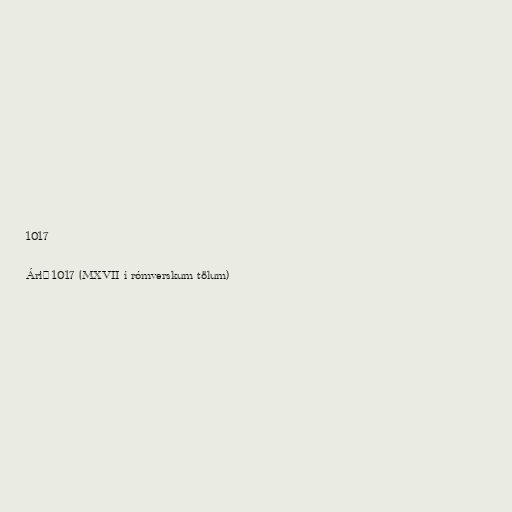
1017

Árið 1017 (MXVII í rómverskum tölum)